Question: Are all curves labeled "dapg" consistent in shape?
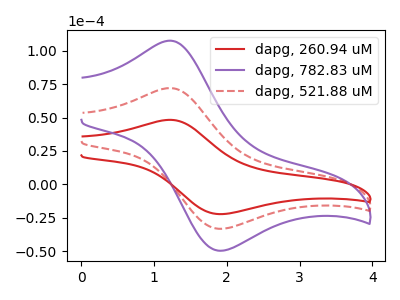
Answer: <think>The red curve "dapg, 260.94 uM" has an anodic peak at (1.25V, 48.30uA) and a cathodic peak at (1.90V, -22.30uA). The purple curve "dapg, 782.83 uM" has an anodic peak at (1.25V, 144.25uA) and a cathodic peak at (1.90V, -66.60uA). The red dashed curve "dapg, 521.88 uM" has an anodic peak at (1.25V, 72.15uA) and a cathodic peak at (1.90V, -33.30uA).
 All the peaks in "dapg, 260.94 uM" have a peak in "dapg, 782.83 uM" at the same potential. Every peak in "dapg, 260.94 uM" is lower than every peak in "dapg, 782.83 uM". All the peaks in "dapg, 260.94 uM" have a peak in "dapg, 521.88 uM" at the same potential. Every peak in "dapg, 260.94 uM" is lower than every peak in "dapg, 521.88 uM". All the peaks in "dapg, 782.83 uM" have a peak in "dapg, 521.88 uM" at the same potential. Every peak in "dapg, 782.83 uM" is higher than every peak in "dapg, 521.88 uM".</think>
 <answer>All the CV's of "dapg" have similar shape.</answer>
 <eval>follow_rule</eval>